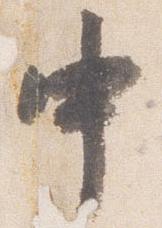
中